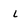
Character: L